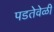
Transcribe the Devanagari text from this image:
पडतेवेळी